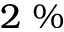
2 ~ \%